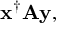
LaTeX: \mathbf { x } ^ { \dagger } \mathbf { A y } ,